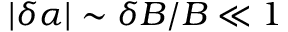
| \delta \alpha | \sim \delta B / B \ll 1